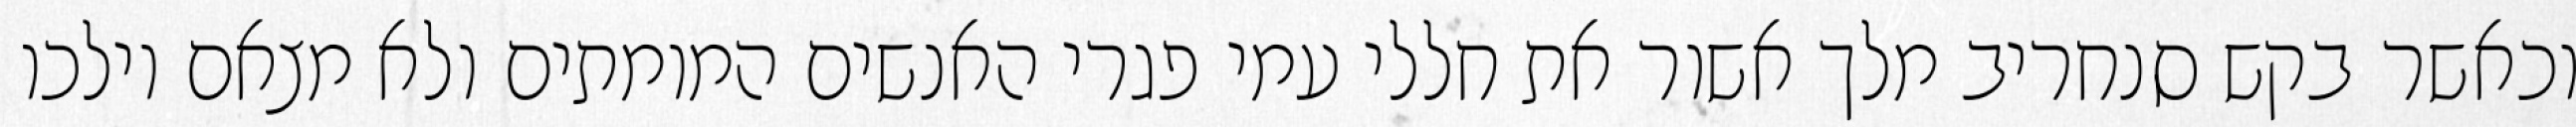
וכאשר בקש סנחריב מלך אשור את חללי עמי פגרי האנשים המומתים ולא מצאם וילכו